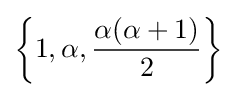
\left\{1,\alpha ,{\frac {\alpha (\alpha +1)}{2}}\right\}